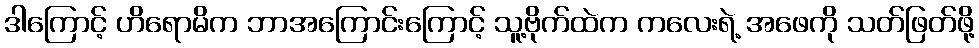
ဒါကြောင့် ဟိရောမိက ဘာအကြောင်းကြောင့် သူ့ဗိုက်ထဲက ကလေးရဲ့ အဖေကို သတ်ဖြတ်ဖို့